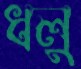
ধলু